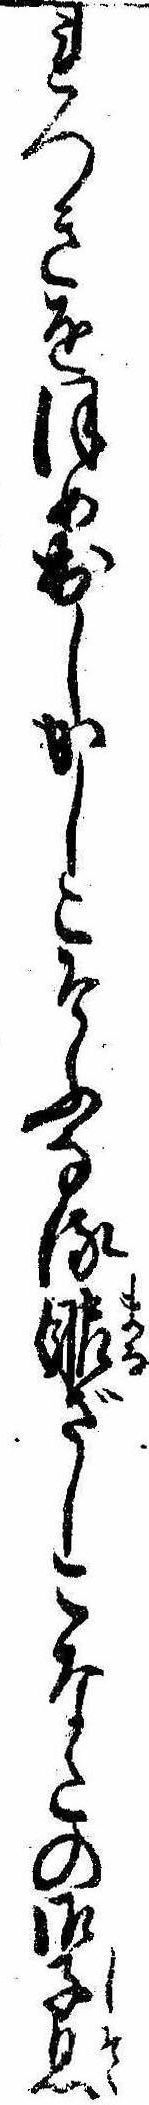
れつきをほめ出しかしこそふなる眼ざしこなたの御子息